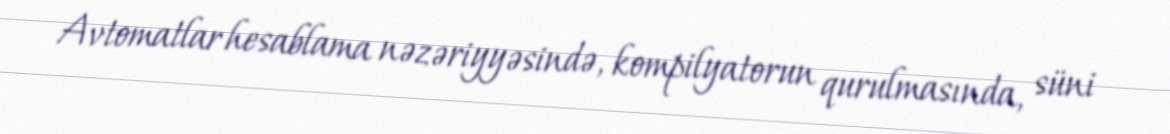
Avtomatlar hesablama nəzəriyyəsində, kompilyatorun qurulmasında, süni